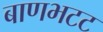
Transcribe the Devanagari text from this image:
बाणभटट